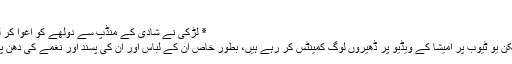
'
٭ لڑکی نے شادی کے منڈپ سے دولھے کو اغوا کر لیا
لیکن یو ٹیوب پر امیشا کے ویڈیو پر ڈھیروں لوگ كمینٹس کر رہے ہیں، بطور خاص ان کے لباس اور ان کی پسند اور نغمے کی دھن پر۔